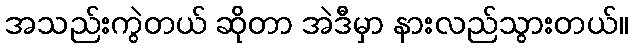
အသည်းကွဲတယ် ဆိုတာ အဲဒီမှာ နားလည်သွားတယ်။